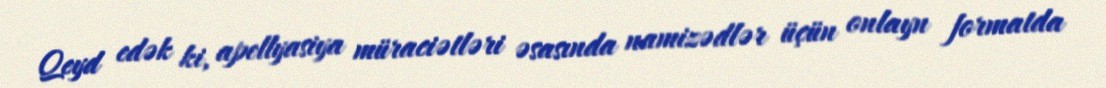
Qeyd edək ki, apellyasiya müraciətləri əsasında namizədlər üçün onlayn formatda